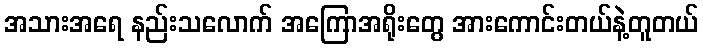
အသားအရေ နည်းသလောက် အကြောအရိုးတွေ အားကောင်းတယ်နဲ့တူတယ်